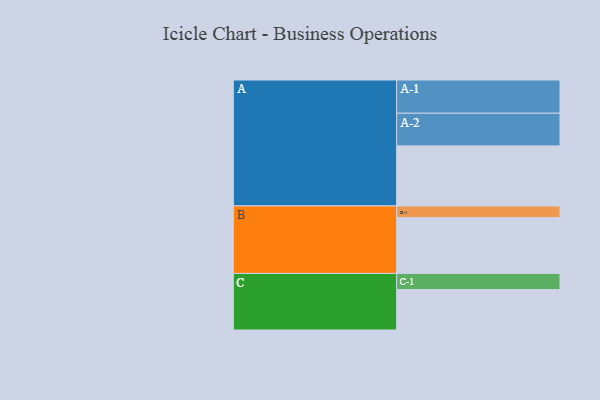
{"axis": {"x": "Segment", "y": "Value"}, "legend": ["", "A", "B", "C"], "data": [{"x": "A", "y": 515, "type": ""}, {"x": "B", "y": 479, "type": ""}, {"x": "C", "y": 347, "type": ""}, {"x": "A-1", "y": 285, "type": "A"}, {"x": "A-2", "y": 280, "type": "A"}, {"x": "B-1", "y": 100, "type": "B"}, {"x": "C-1", "y": 138, "type": "C"}]}